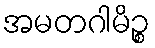
အမတဂါမိဉ္စ